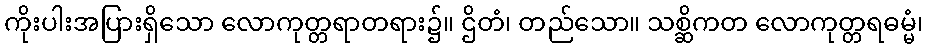
ကိုးပါးအပြားရှိသော လောကုတ္တရာတရား၌။ ဌိတံ၊ တည်သော။ သစ္ဆိကတ လောကုတ္တရဓမ္မံ၊